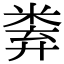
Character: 𥹻